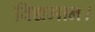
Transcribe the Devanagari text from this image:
विद्यमान।